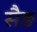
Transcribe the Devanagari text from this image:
सैड़